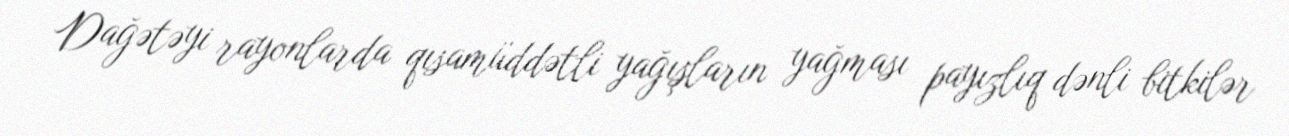
Dağətəyi rayonlarda qısamüddətli yağışların yağması payızlıq dənli bitkilər